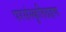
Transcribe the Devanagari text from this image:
परसंस्कृतिग्रहण